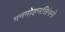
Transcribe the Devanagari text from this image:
मनमोहनसिंगने